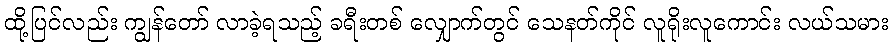
ထို့ပြင်လည်း ကျွန်တော် လာခဲ့ရသည့် ခရီးတစ် လျှောက်တွင် သေနတ်ကိုင် လူရိုးလူကောင်း လယ်သမား